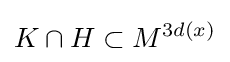
K\cap H\subset M^{3d(x)}